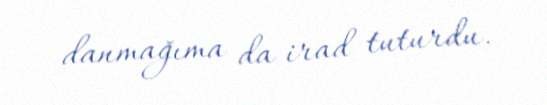
danmağıma da irad tuturdu.